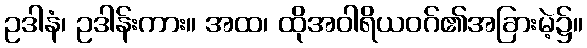
ဥဒါနံ၊ ဥဒါန်းကား။ အထ၊ ထိုအဝါရိယဝဂ်၏အခြားမဲ့၌။